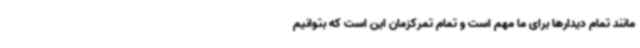
مانند تمام دیدارها برای ما مهم است و تمام تمرکزمان این است که بتوانیم